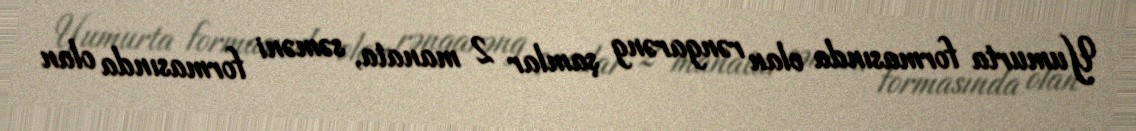
Yumurta formasında olan rəngarəng şamlar 2 manata, səməni formasında olan